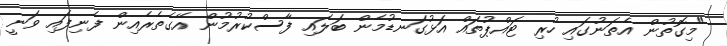
"މިގޮތުން އެތަނުގައި ހުރި ޓައްޕުތައް އަޅުގަނޑުމެން ބަލައި ފާސްކުރުމުން އޭގެތެރެއިން ފެނިފައި ވަނީ